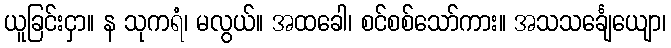
ယူခြင်းငှာ။ န သုကရံ၊ မလွယ်။ အထခေါ၊ စင်စစ်သော်ကား။ အသသင်္ချေယျော၊